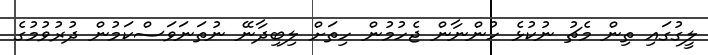
ލީގުގައި ތިން މެޗު ނުކުޅެ ހުންނާން ޖެހުމުން ހިތަށް ލިބިދާނޭ ނުތަނަވަސްކަމުން ދުރުވުމުގެ